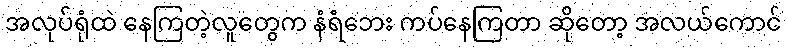
အလုပ်ရုံထဲ နေကြတဲ့လူတွေက နံရံဘေး ကပ်နေကြတာ ဆိုတော့ အလယ်ကောင်